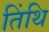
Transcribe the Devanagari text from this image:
तिंथि